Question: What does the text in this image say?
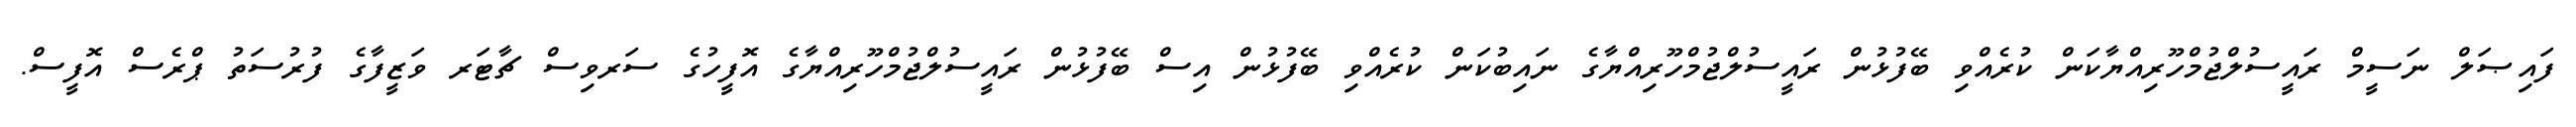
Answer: ފައިޞަލް ނަސީމް ރައީސުލްޖުމްހޫރިއްޔާކަން ކުރެއްވި ބޭފުޅުން ރައީސުލްޖުމްހޫރިއްޔާގެ ނައިބުކަން ކުރެއްވި ބޭފުޅުން އިސް ބޭފުޅުން ރައީސުލްޖުމްހޫރިއްޔާގެ އޮފީހުގެ ސަރވިސް ޗާޓަރ ވަޒީފާގެ ފުރުސަތު ޕްރެސް އޮފީސް.